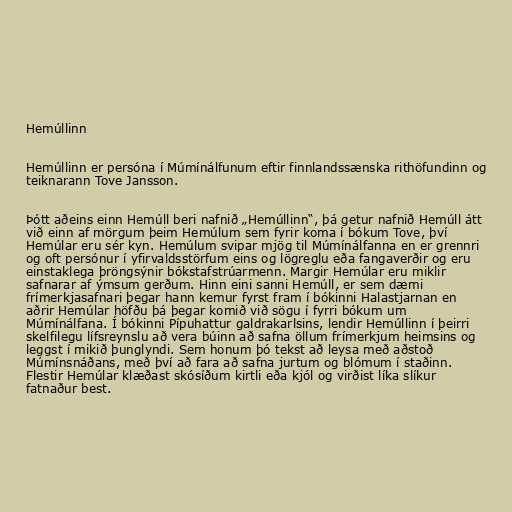
Hemúllinn

Hemúllinn er persóna í Múmínálfunum eftir finnlandssænska rithöfundinn og
teiknarann Tove Jansson.

Þótt aðeins einn Hemúll beri nafnið „Hemúllinn“, þá getur nafnið Hemúll átt
við einn af mörgum þeim Hemúlum sem fyrir koma í bókum Tove, því
Hemúlar eru sér kyn. Hemúlum svipar mjög til Múmínálfanna en er grennri
og oft persónur í yfirvaldsstörfum eins og lögreglu eða fangaverðir og eru
einstaklega þröngsýnir bókstafstrúarmenn. Margir Hemúlar eru miklir
safnarar af ýmsum gerðum. Hinn eini sanni Hemúll, er sem dæmi
frímerkjasafnari þegar hann kemur fyrst fram í bókinni Halastjarnan en
aðrir Hemúlar höfðu þá þegar komið við sögu í fyrri bókum um
Múmínálfana. Í bókinni Pípuhattur galdrakarlsins, lendir Hemúllinn í þeirri
skelfilegu lífsreynslu að vera búinn að safna öllum frímerkjum heimsins og
leggst í mikið þunglyndi. Sem honum þó tekst að leysa með aðstoð
Múmínsnáðans, með því að fara að safna jurtum og blómum í staðinn.
Flestir Hemúlar klæðast skósíðum kirtli eða kjól og virðist líka slíkur
fatnaður best.